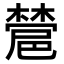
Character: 𣜺